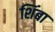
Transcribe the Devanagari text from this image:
शिंबा